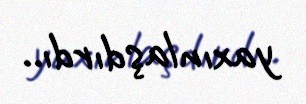
yaxınlaşdırdı..